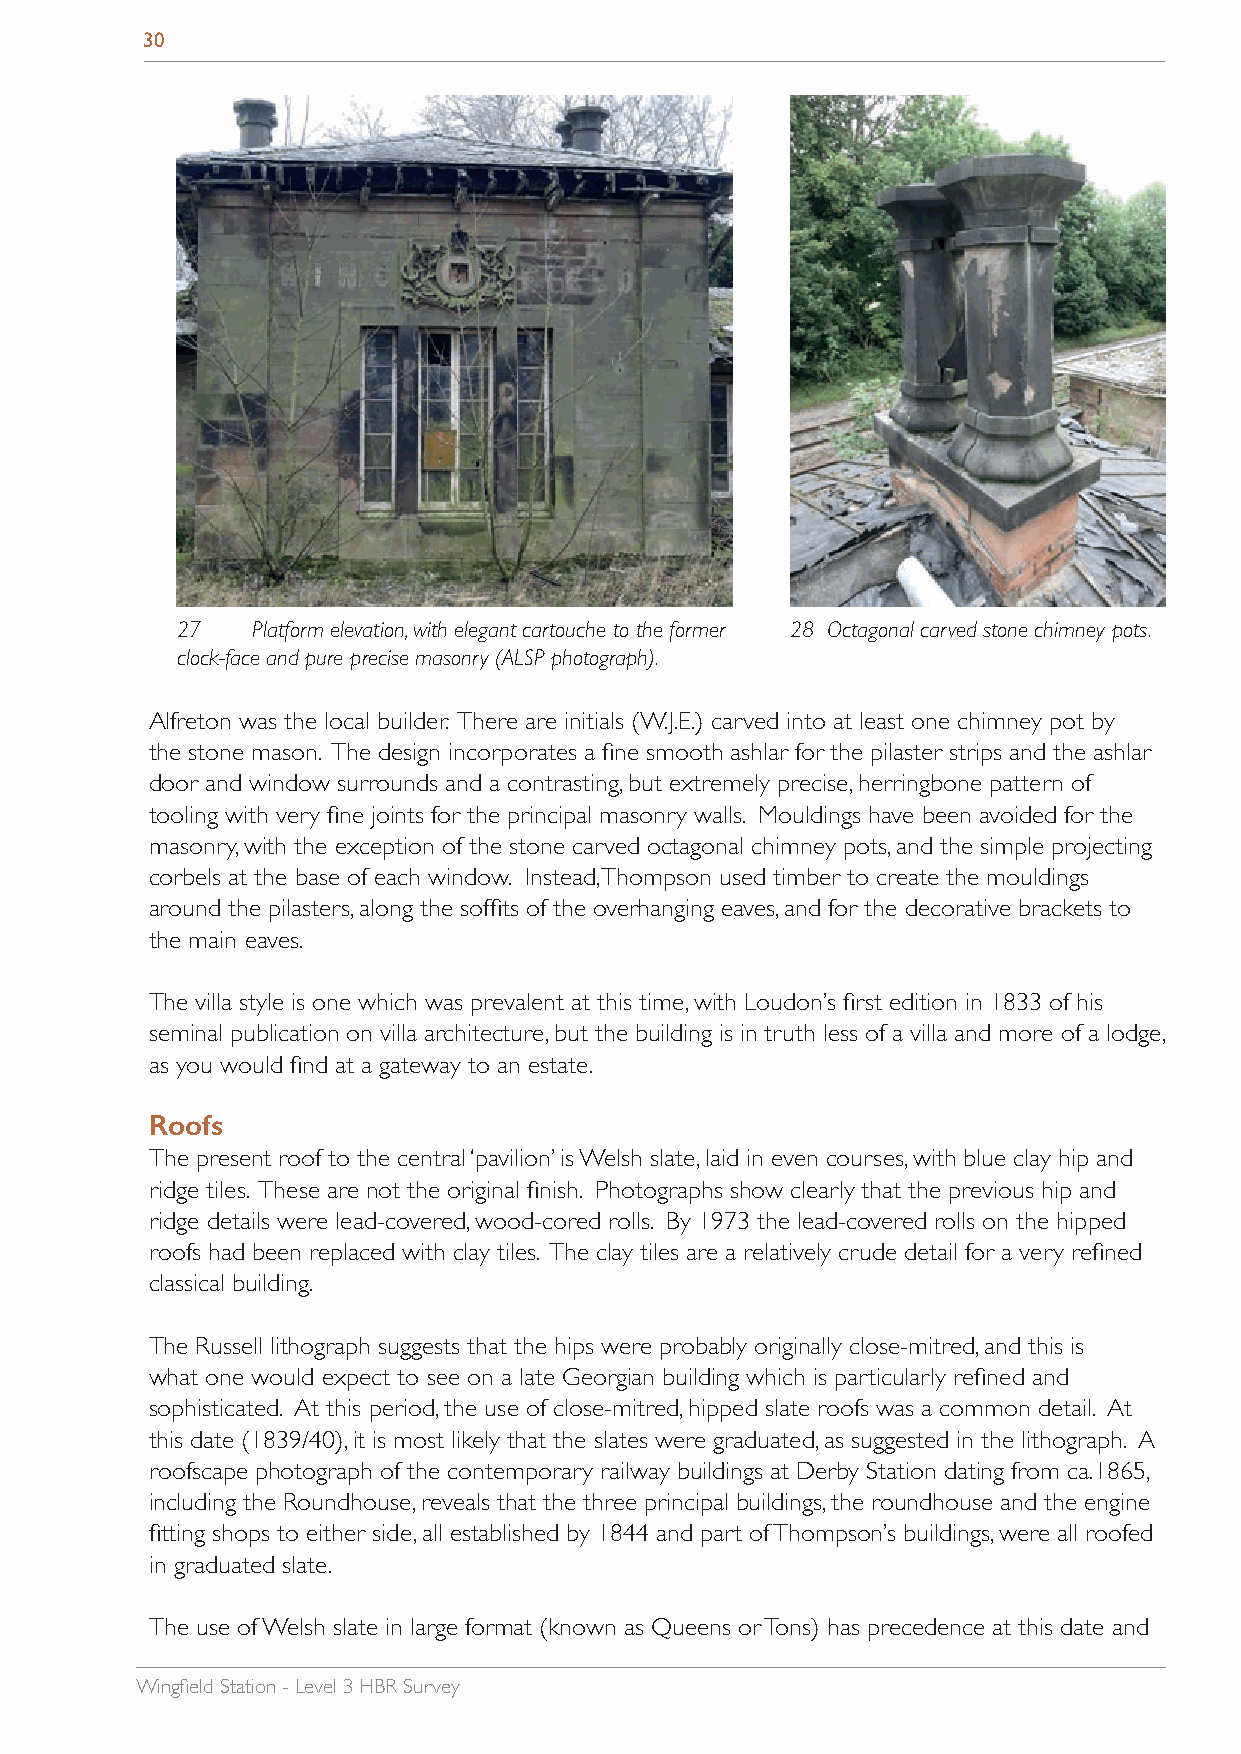
30
 27   Platform elevation, with elegant cartouche to the former 28 Octagonal carved stone chimney pots.
 clock-face and pure precise masonry (ALSP photograph).
 Alfreton was the local builder. There are initials (W.J.E.) carved into at least one chimney pot by
 the stone mason. The design incorporates a fine smooth ashlar for the pilaster strips and the ashlar
 door and window surrounds and a contrasting, but extremely precise, herringbone pattern of
 tooling with very fine joints for the principal masonry walls. Mouldings have been avoided for the
 masonry, with the exception of the stone carved octagonal chimney pots, and the simple projecting
 corbels at the base of each window. Instead, Thompson used timber to create the mouldings
 around the pilasters, along the soffits of the overhanging eaves, and for the decorative brackets to
 the main eaves.
 The villa style is one which was prevalent at this time, with Loudon’s first edition in 1833 of his
 seminal publication on villa architecture, but the building is in truth less of a villa and more of a lodge,
 as you would find at a gateway to an estate.
 Roofs
 The present roof to the central ‘pavilion’ is Welsh slate, laid in even courses, with blue clay hip and
 ridge tiles. These are not the original finish. Photographs show clearly that the previous hip and
 ridge details were lead-covered, wood-cored rolls. By 1973 the lead-covered rolls on the hipped
 roofs had been replaced with clay tiles. The clay tiles are a relatively crude detail for a very refined
 classical building.
 The Russell lithograph suggests that the hips were probably originally close-mitred, and this is
 what one would expect to see on a late Georgian building which is particularly refined and
 sophisticated. At this period, the use of close-mitred, hipped slate roofs was a common detail. At
 this date (1839/40), it is most likely that the slates were graduated, as suggested in the lithograph. A
 roofscape photograph of the contemporary railway buildings at Derby Station dating from ca.1865,
 including the Roundhouse, reveals that the three principal buildings, the roundhouse and the engine
 fitting shops to either side, all established by 1844 and part of Thompson’s buildings, were all roofed
 in graduated slate.
 The use of Welsh slate in large format (known as Queens or Tons) has precedence at this date and
 Wingfield Station - Level 3 HBR Survey